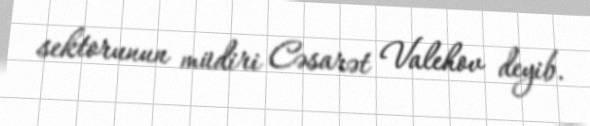
sektorunun müdiri Cəsarət Valehov deyib.